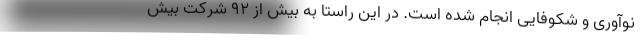
نوآوری و شکوفایی انجام شده است. در این راستا به بیش از ۹۲ شرکت بیش